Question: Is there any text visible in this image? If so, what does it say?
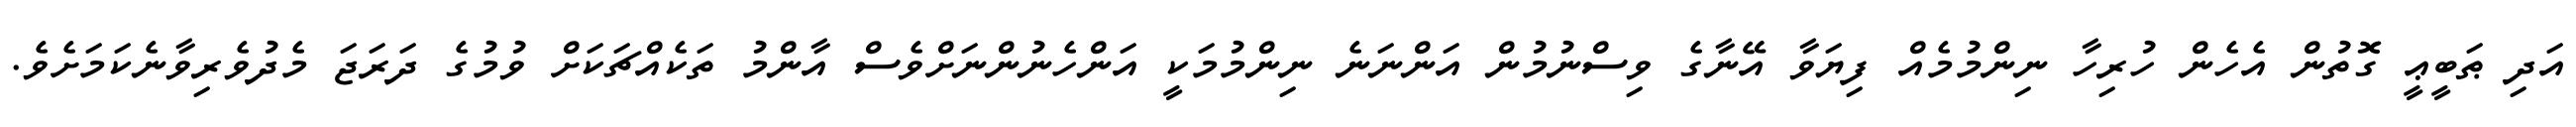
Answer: އަދި ޠަބީޢީ ގޮތުން އެހެން ހުރިހާ ނިންމުމެއް ފިޔަވާ އޭނާގެ ވިސްނުމުން އަންނަނެ ނިންމުމަކީ އަންހެނުންނަށްވެސް އާންމު ތަކެއްޗަކަށް ވުމުގެ ދަރަޖަ މެދުވެރިވާނެކަމަށެވެ.